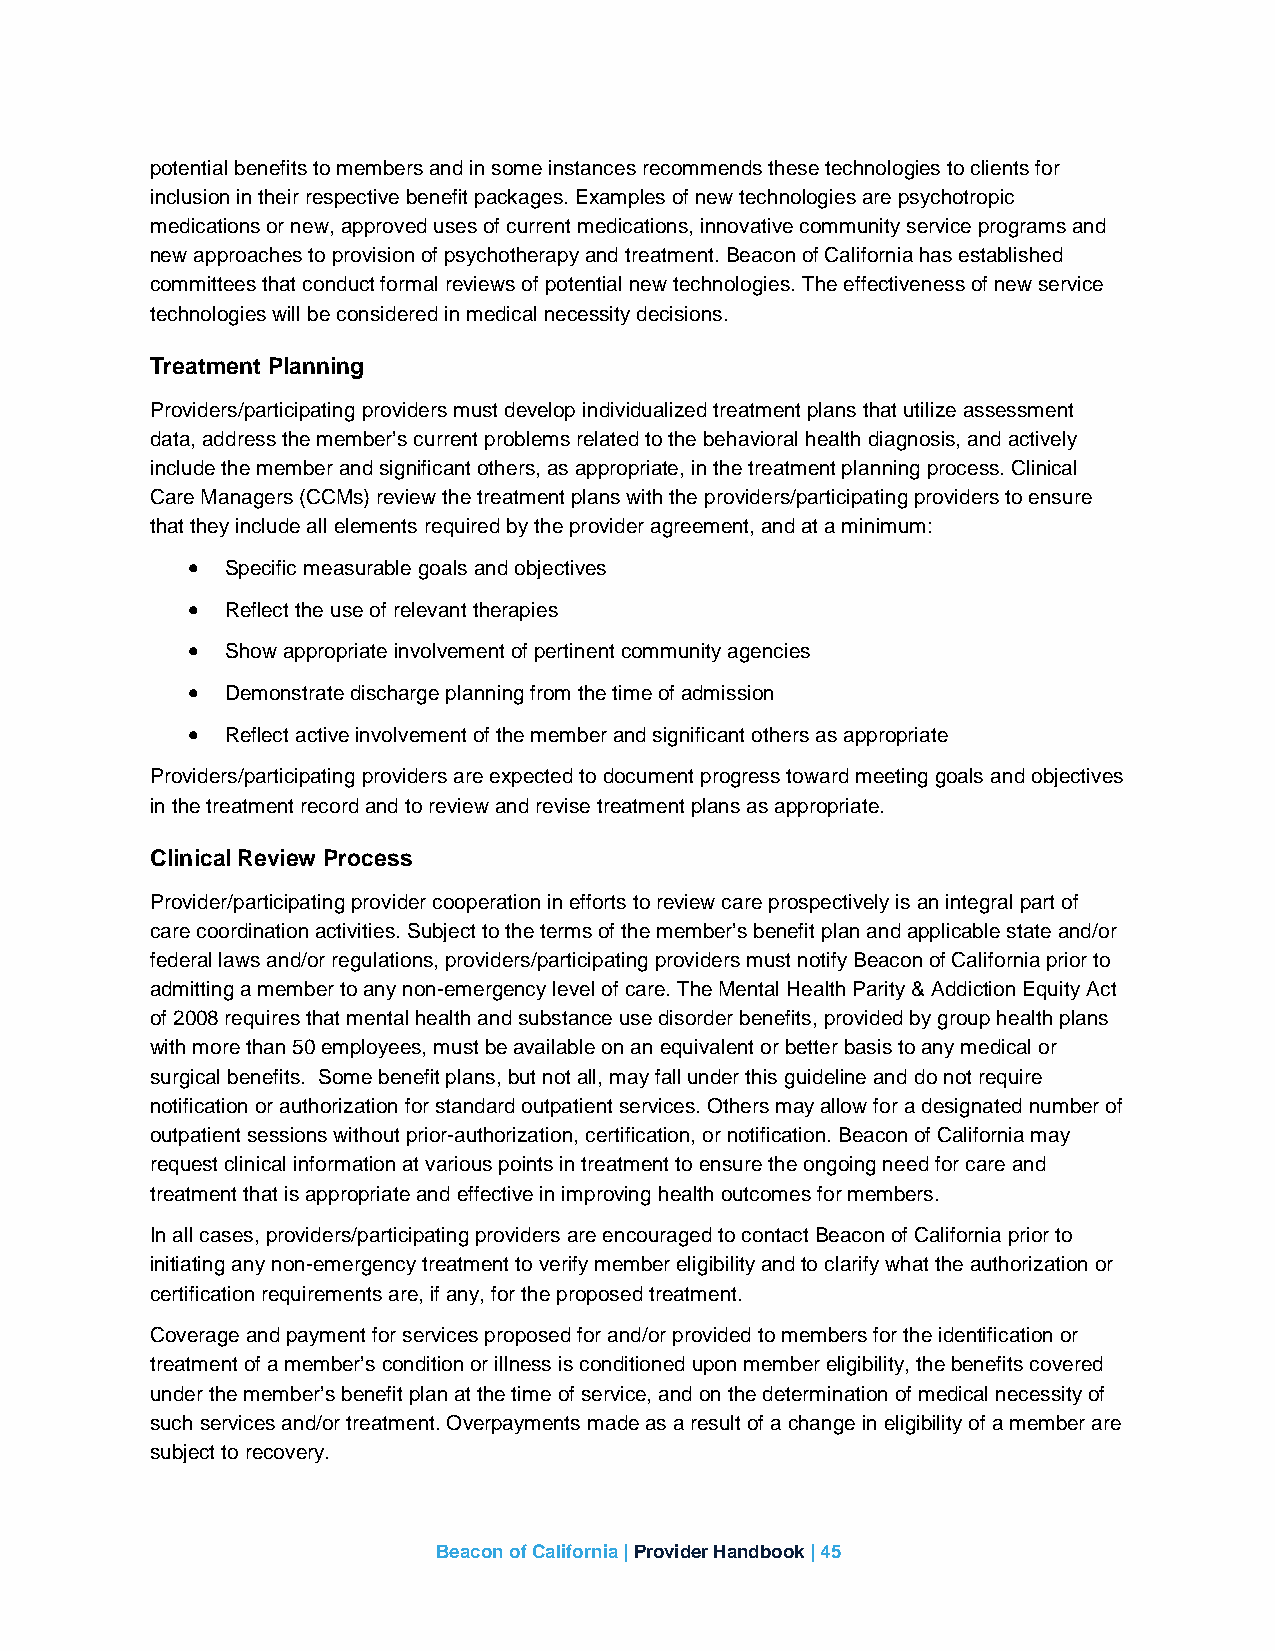
potential benefits to members and in some instances recommends these technologies to clients for
 inclusion in their respective benefit packages. Examples of new technologies are psychotropic
 medications or new, approved uses of current medications, innovative community service programs and
 new approaches to provision of psychotherapy and treatment. Beacon of California has established
 committees that conduct formal reviews of potential new technologies. The effectiveness of new service
 technologies will be considered in medical necessity decisions.
 Treatment Planning
 Providers/participating providers must develop individualized treatment plans that utilize assessment
 data, address the member’s current problems related to the behavioral health diagnosis, and actively
 include the member and significant others, as appropriate, in the treatment planning process. Clinical
 Care Managers (CCMs) review the treatment plans with the providers/participating providers to ensure
 that they include all elements required by the provider agreement, and at a minimum:
 •  Specific measurable goals and objectives
 •  Reflect the use of relevant therapies
 •  Show appropriate involvement of pertinent community agencies
 •  Demonstrate discharge planning from the time of admission
 •  Reflect active involvement of the member and significant others as appropriate
 Providers/participating providers are expected to document progress toward meeting goals and objectives
 in the treatment record and to review and revise treatment plans as appropriate.
 Clinical Review Process
 Provider/participating provider cooperation in efforts to review care prospectively is an integral part of
 care coordination activities. Subject to the terms of the member’s benefit plan and applicable state and/or
 federal laws and/or regulations, providers/participating providers must notify Beacon of California prior to
 admitting a member to any non-emergency level of care. The Mental Health Parity & Addiction Equity Act
 of 2008 requires that mental health and substance use disorder benefits, provided by group health plans
 with more than 50 employees, must be available on an equivalent or better basis to any medical or
 surgical benefits. Some benefit plans, but not all, may fall under this guideline and do not require
 notification or authorization for standard outpatient services. Others may allow for a designated number of
 outpatient sessions without prior-authorization, certification, or notification. Beacon of California may
 request clinical information at various points in treatment to ensure the ongoing need for care and
 treatment that is appropriate and effective in improving health outcomes for members.
 In all cases, providers/participating providers are encouraged to contact Beacon of California prior to
 initiating any non-emergency treatment to verify member eligibility and to clarify what the authorization or
 certification requirements are, if any, for the proposed treatment.
 Coverage and payment for services proposed for and/or provided to members for the identification or
 treatment of a member’s condition or illness is conditioned upon member eligibility, the benefits covered
 under the member’s benefit plan at the time of service, and on the determination of medical necessity of
 such services and/or treatment. Overpayments made as a result of a change in eligibility of a member are
 subject to recovery.
 Beacon of California | Provider Handbook | 45